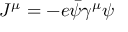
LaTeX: { \cal J } ^ { \mu } = - e \bar { \psi } \gamma ^ { \mu } \psi